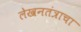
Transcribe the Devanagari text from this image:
लेखनतंत्राचा